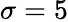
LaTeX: \sigma=5